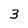
Character: 3